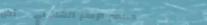
مطعم الإمام الشافعي   أكل